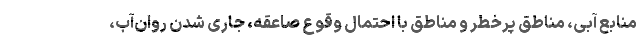
منابع آبی، مناطق پرخطر و مناطق با احتمال وقوع صاعقه، جاری شدن روان‌آب،